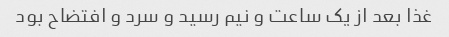
غذا بعد از یک ساعت و نیم رسید و سرد و افتضاح بود